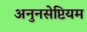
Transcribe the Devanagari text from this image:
अनुनसेप्टियम